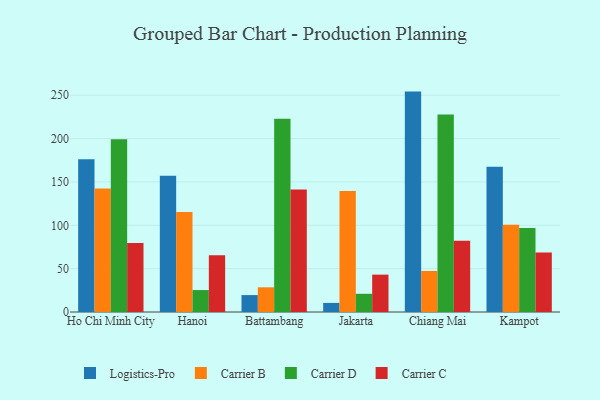
{"axis": {"x": "City", "y": "Customer Acquisition Cost (USD)"}, "legend": ["Carrier B", "Carrier C", "Carrier D", "Logistics-Pro"], "data": [{"x": "Ho Chi Minh City", "y": 176.1, "type": "Logistics-Pro"}, {"x": "Ho Chi Minh City", "y": 142.3, "type": "Carrier B"}, {"x": "Ho Chi Minh City", "y": 199.1, "type": "Carrier D"}, {"x": "Ho Chi Minh City", "y": 79.5, "type": "Carrier C"}, {"x": "Hanoi", "y": 157.2, "type": "Logistics-Pro"}, {"x": "Hanoi", "y": 115.3, "type": "Carrier B"}, {"x": "Hanoi", "y": 25.3, "type": "Carrier D"}, {"x": "Hanoi", "y": 65.5, "type": "Carrier C"}, {"x": "Battambang", "y": 19.5, "type": "Logistics-Pro"}, {"x": "Battambang", "y": 28.5, "type": "Carrier B"}, {"x": "Battambang", "y": 223.0, "type": "Carrier D"}, {"x": "Battambang", "y": 141.3, "type": "Carrier C"}, {"x": "Jakarta", "y": 10.5, "type": "Logistics-Pro"}, {"x": "Jakarta", "y": 139.7, "type": "Carrier B"}, {"x": "Jakarta", "y": 21.0, "type": "Carrier D"}, {"x": "Jakarta", "y": 43.1, "type": "Carrier C"}, {"x": "Chiang Mai", "y": 254.2, "type": "Logistics-Pro"}, {"x": "Chiang Mai", "y": 47.3, "type": "Carrier B"}, {"x": "Chiang Mai", "y": 227.9, "type": "Carrier D"}, {"x": "Chiang Mai", "y": 82.1, "type": "Carrier C"}, {"x": "Kampot", "y": 167.4, "type": "Logistics-Pro"}, {"x": "Kampot", "y": 100.6, "type": "Carrier B"}, {"x": "Kampot", "y": 96.9, "type": "Carrier D"}, {"x": "Kampot", "y": 68.6, "type": "Carrier C"}]}